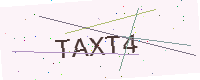
Text: TAXT4